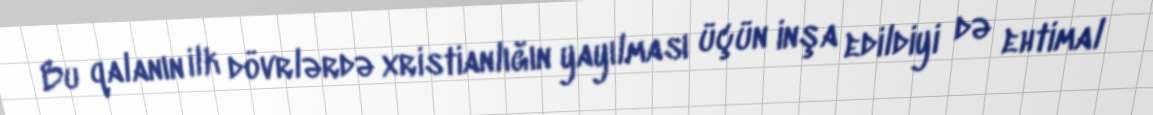
Bu qalanın ilk dövrlərdə xristianlığın yayılması üçün inşa edildiyi də ehtimal